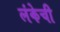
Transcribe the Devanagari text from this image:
लंकेची